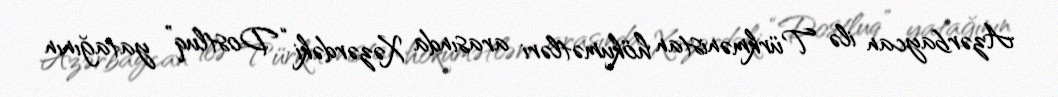
Azərbaycan ilə Türkmənistan hökumətləri arasında Xəzərdəki “Dostluq” yatağının